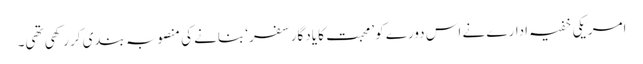
امریکی خفیہ ادارے نے اس دورے کو ’محبت کا یادگار سفر‘ بنانے کی منصوبہ بندی کر رکھی تھی۔